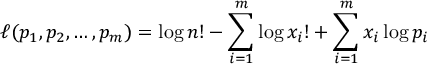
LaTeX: \ell ( p _ { 1 } , p _ { 2 } , \ldots , p _ { m } ) = \log n ! - \sum _ { i = 1 } ^ { m } \log x _ { i } ! + \sum _ { i = 1 } ^ { m } x _ { i } \log p _ { i }